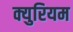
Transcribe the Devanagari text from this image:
क्युरियम